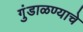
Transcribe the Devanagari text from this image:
गुंडाळण्याचे